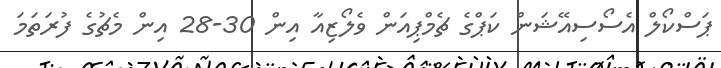
ޕަސްކޯލް އެސޯސިއޭޝަން ކަޕްގެ ޗެމްޕިއަން ވެލޯޒިއާ އިން 30-28 އިން މެޗުގެ ފުރަތަމަ